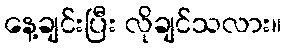
နေ့ချင်းပြီး လိုချင်သလား။